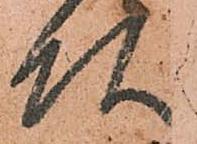
頭